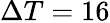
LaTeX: \Delta T=16